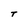
Character: T